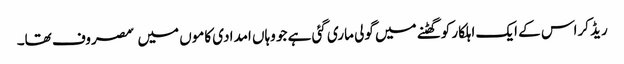
ریڈ کراس کے ایک اہلکار کو گھٹنے میں گولی ماری گئی ہے جو وہاں امدادی کاموں میں ٘مصروف تھا۔